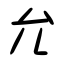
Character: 允